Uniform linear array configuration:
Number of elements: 16
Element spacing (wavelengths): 1
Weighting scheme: hann
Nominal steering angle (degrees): -60
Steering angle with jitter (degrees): -58.918
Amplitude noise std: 0.05
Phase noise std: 0.05

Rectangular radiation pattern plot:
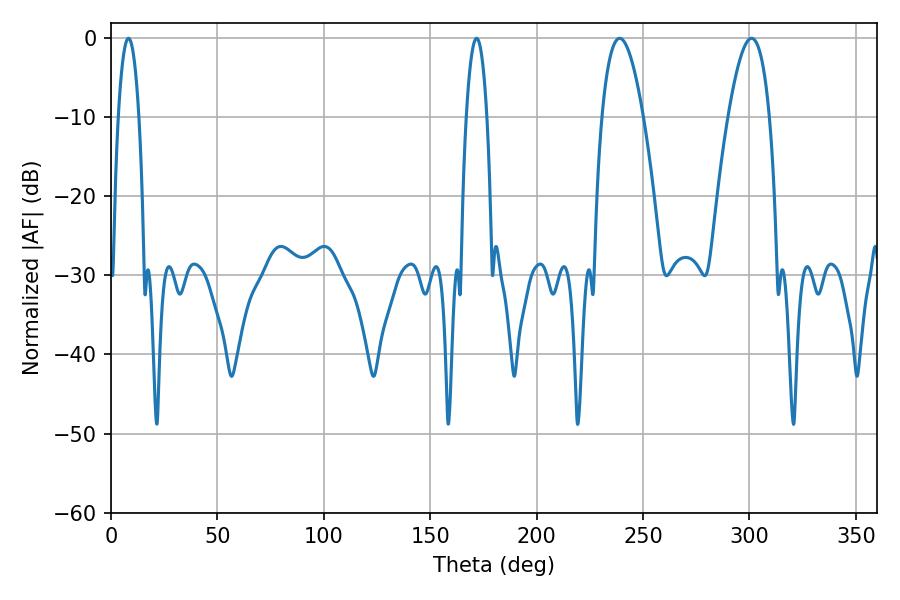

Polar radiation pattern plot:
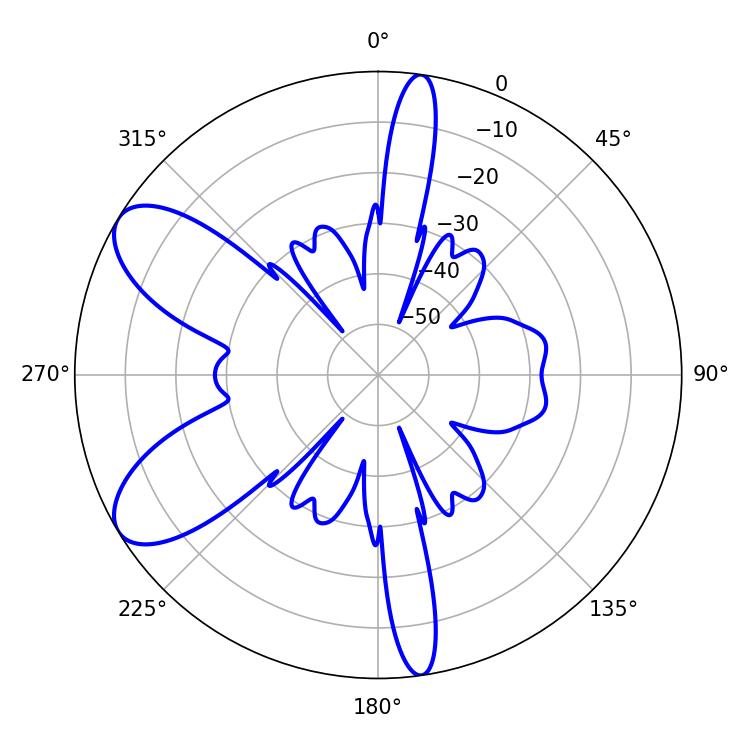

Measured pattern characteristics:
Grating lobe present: TRUE
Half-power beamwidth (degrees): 10.62
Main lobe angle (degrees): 239.04